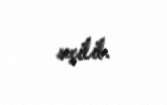
seçilib.